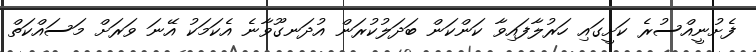
ފެށުނީއްސުރެ ކަށީގައި ހަރުލާފައިވާ ކަންކަން ބަދަލުކުރަން އުދަނގޫވާނެ އެކަމަކު އޭނަ ވަރަށް މަސައްކަތް